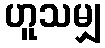
ဟူသမျှ